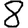
Digit: 8